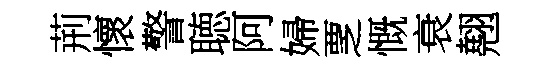
荊懷警聴阿婦覂慨衰翹